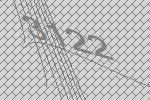
3122